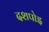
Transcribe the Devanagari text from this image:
दशपोइ